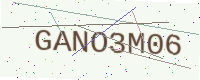
Text: GANO3M06